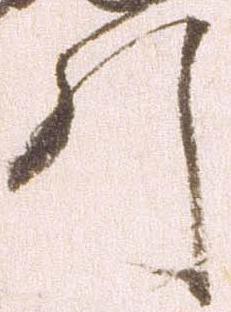
引